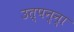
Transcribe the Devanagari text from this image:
उत्‍पन्‍न्‍ा